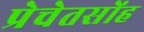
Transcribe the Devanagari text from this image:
प्रेचेतसोंह